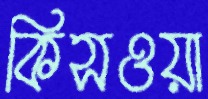
কিসওয়া